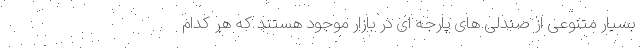
بسیار متنوعی از صندلی های پارجه ای در بازار موجود هستند که هر کدام